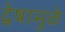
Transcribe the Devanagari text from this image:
द्वेषामुळे